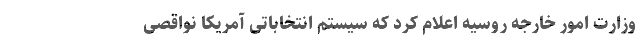
وزارت امور خارجه روسیه اعلام کرد که سیستم انتخاباتی آمریکا نواقصی